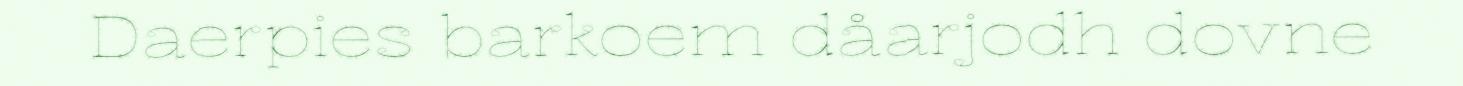
Daerpies barkoem dåarjodh dovne